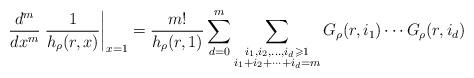
LaTeX: \begin{align*}\frac{d^m}{dx^m} \left. \frac{1}{h_\rho(r,x)}\right|_{x=1} =\frac{m!}{h_\rho(r,1)} \sum_{d=0}^m \sum_{ \substack{i_1,i_2, \dots, i_d \geqslant 1 \\ i_1+i_2+ \cdots +i_d=m}} G_\rho(r,i_1) \cdots G_\rho(r,i_d)\end{align*}